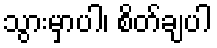
သွားမှာပါ၊ စိတ်ချပါ